Indian journal of veterinary science and animal husbandry - Volume 4,
Year: 1934
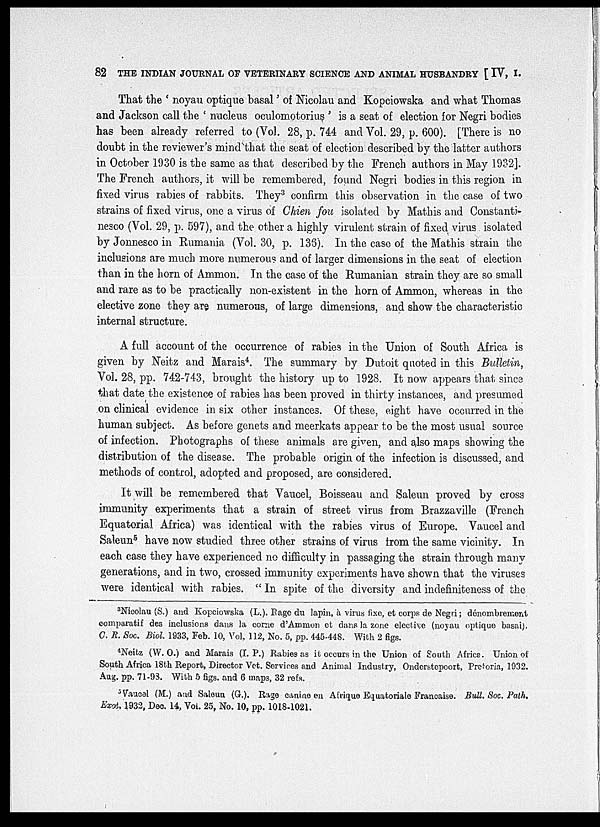
82 THE INDIAN JOURNAL OF VETERINARY SCIENCE AND ANIMAL HUSBANDRY [ IV, I.
That the ' noyau optique basal' of Nicolau and Kopciowska and what Thomas
and Jackson call the . nucleus oculomotorius' is a seat of election for Negri bodies
has been already referred to (Vol. 28, p. 744 and Vol. 29, p. 600). [There is no
doubt in the reviewer's mind that the seat of election described by the latter authors
in October 1930 is the same as that described by the French authors in May 1932].
The French authors, it will be remembered, found Negri bodies in this region in
fixed virus rabies of rabbits. They 3 confirm this observation in the case of two
strains of fixed virus, one a virus of Chien fou isolated by Mathis and Constanti¬
nesco (Vol. 29, p. 597), and the other a highly virulent strain of fixed virus isolated
by Jonnesco in Rumania (Vol. 30, p. 136). In the case of the Mathis strain the
inclusions are much more numerous and of larger dimensions in the seat of election
than in the horn of Ammon. In the case of the Rumanian strain they are so small
and rare as to be practically non-existent in the horn of Ammon, whereas in the
elective zone they are numerous, of large dimensions, and show the characteristic
internal structure.
A full account of the occurrence of rabies in the Union of South Africa is
given by Neitz and Marais 4 . The summary by Dutoit quoted in this Bulletin,
Vol. 28, pp. 742-743, brought the history up to 1928. It now appears that since
that date the existence of rabies has been proved in thirty instances, and presumed
on clinical evidence in six other instances. Of these, eight have occurred in the
human subject. As before genets and meerkats appear to be the most usual source
of infection. Photographs of these animals are given, and also maps showing the
distribution of the disease. The probable origin of the infection is discussed, and
methods of control, adopted and proposed, are considered.
It will be remembered that Vaucel, Boisseau and Saleun proved by cross
immunity experiments that a strain of street virus from Brazzaville (French
Equatorial Africa) was identical with the rabies virus of Europe. Vaucel and
Saleun 5 have now studied three other strains of virus from the same vicinity. In
each case they have experienced no difficulty in passaging the strain through many
generations, and in two, crossed immunity experiments have shown that the viruses
were identical with rabies. " In spite of the diversity and indefiniteness of the
3
Nicolau (S.) and Kopciowska (L.). Rage du lapin, à virus fixe, et corps de Negri; dénombrement
comparatif des inclusions dans la come d'Ammon et dans la zone elective (noyau optique basal),
C. R. Soc. Biol. 1933, Feb. 10, Vol. 112, No. 5, pp. 445-448. With 2 figs.
4
Neitz (W. O.) and Marais (I.P.) Rabies as it occurs in the Union of South Africa. Union of
South Africa 18th Report, Director Vet. Services and Animal Industry, Onderstepoort, Pretoria, 1932.
Aug. pp. 71-93. With 5 figs. and 6 maps, 32 refs.
5 Vaucel (M.) and Saleun (G.). Rage canine en Afrique Equatoriale Francaise. Bull. Soc. Path,
Exot, 1932, Dec, 14, Vol. 25, No. 10, pp. 1018-1021.